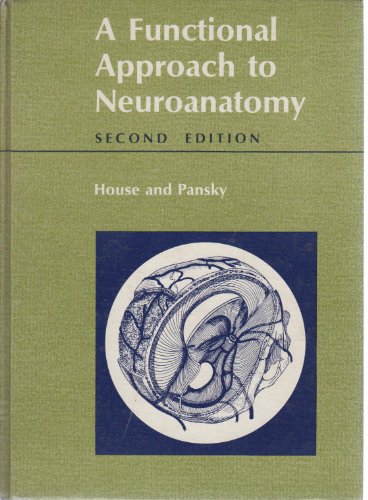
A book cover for Functional Approach to Neuroanatomy; House & Pansky; Medical Books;